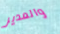
والمدير